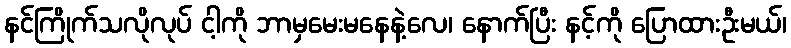
နင်ကြိုက်သလိုလုပ် ငါ့ကို ဘာမှမေးမနေနဲ့လေ၊ နောက်ပြီး နင့်ကို ပြောထားဦးမယ်၊